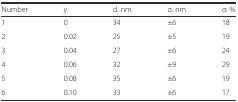
| Number | y | d. nm | σ. nm | σ. % |
 | --- | --- | --- | --- | --- |
 | 1 | 0 | 34 | ±6 | 18 |
 | 2 | 0.02 | 25 | ±5 | 19 |
 | 3 | 0.04 | 27 | ±6 | 24 |
 | 4 | 0.06 | 32 | ±9 | 29 |
 | 5 | 0.08 | 35 | ±6 | 19 |
 | 6 | 0.10 | 33 | ±6 | 17 |